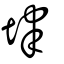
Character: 垏